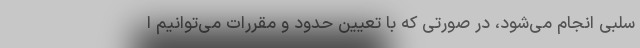
سلبی انجام می‌شود، در صورتی که با تعیین حدود و مقررات می‌توانیم ا